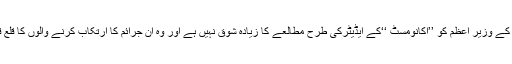
یہ امر قابل ذکر ہے کہ ہمارے ملک کے وزیر اعظم کو ’’اکانومسٹ ‘‘کے ایڈیٹرکی طرح مطالعے کا زیادہ شوق نہیں ہے اور وہ ان جرائم کا ارتکاب کرنے والوں کا قلع قمع کرنے میں کم دلچسپی رکھتاہے ۔